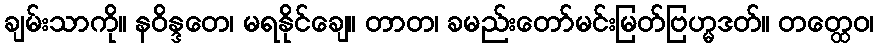
ချမ်းသာကို။ နဝိန္ဒတေ၊ မရနိုင်ချေ။ တာတ၊ ခမည်းတော်မင်းမြတ်ဗြဟ္မဒတ်။ တတ္ထေဝ၊